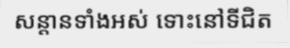
សន្តានទាំងអស់ ទោះនៅទីជិត